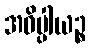
အဓိပ္ပါယဉ္စ